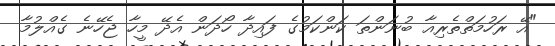
"އޭ ރަހުމަތްތެރިއާ ބުނަންތަ ކަންކަމުގެ ފައިދާ ހޯދަން އެދޭ މީހާ ޖެހޭނެ ގެއްލުމާ